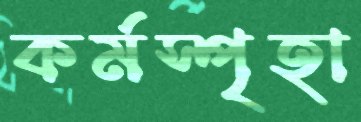
কর্মস্পৃহা